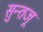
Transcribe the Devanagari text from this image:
सुन्तजू